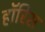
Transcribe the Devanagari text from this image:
हॉरिस